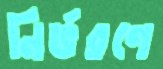
নির্ভরণে